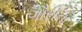
ગૌરીના